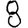
Digit: 8